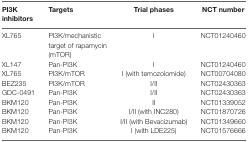
<table><thead><tr><td><b>PI3K inhibitors</b></td><td><b>Targets</b></td><td><b>Trial phases</b></td><td><b>NCT number</b></td></tr></thead><tbody><tr><td>XL765</td><td>PI3K/mechanistic target of rapamycin (mTOR)</td><td>I</td><td>NCT01240460</td></tr><tr><td>XL147</td><td>Pan-PI3K</td><td>I</td><td>NCT01240460</td></tr><tr><td>XL765</td><td>PI3K/mTOR</td><td>I (with temozolomide)</td><td>NCT00704080</td></tr><tr><td>BEZ235</td><td>PI3K/mTOR</td><td>I/II</td><td>NCT02430363</td></tr><tr><td>GDC-0491</td><td>Pan-PI3K</td><td>I/II</td><td>NCT02430363</td></tr><tr><td>BKM120</td><td>Pan-PI3K</td><td>II</td><td>NCT01339052</td></tr><tr><td>BKM120</td><td>Pan-PI3K</td><td>I/II (with INC280)</td><td>NCT01870726</td></tr><tr><td>BKM120</td><td>Pan-PI3K</td><td>I/II (with Bevacizumab)</td><td>NCT01349660</td></tr><tr><td>BKM120</td><td>Pan-PI3K</td><td>I (with LDE225)</td><td>NCT01576666</td></tr></tbody></table>